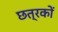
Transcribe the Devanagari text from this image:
छत्रकों